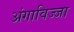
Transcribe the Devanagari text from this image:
अंगाविज्जा